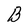
Character: B